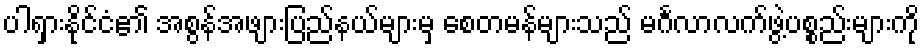
ပါရှားနိုင်ငံ၏ အစွန်အဖျားပြည်နယ်များမှ စေတမန်များသည် မင်္ဂလာလက်ဖွဲ့ပစ္စည်းများကို